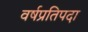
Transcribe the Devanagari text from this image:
वर्षप्रतिपदा